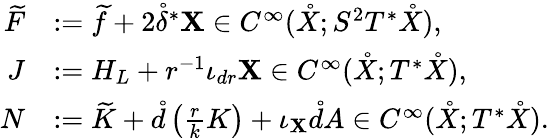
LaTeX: \begin{array}{rl}{\widetilde{F}}&{:=\widetilde{f}+2\mathring{\delta}^{*}\mathbf{X}\in C^{\infty}(\mathring{X};S^{2}T^{*}\mathring{X}),}\\ {J}&{:=H_{L}+r^{-1}\iota_{dr}\mathbf{X}\in C^{\infty}(\mathring{X};T^{*}\mathring{X}),}\\ {N}&{:=\widetilde{K}+\mathring{d}\left(\frac{r}{k}K\right)+\iota_{\mathbf{X}}\mathring{d}A\in C^{\infty}(\mathring{X};T^{*}\mathring{X}).}\end{array}